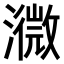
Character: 𤁚